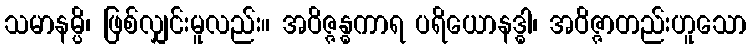
သမာနမ္ပိ၊ ဖြစ်လျှင်းမူလည်း။ အဝိဇ္ဇန္ဓကာရ ပရိယောနဒ္ဓါ၊ အဝိဇ္ဇာတည်းဟူသော